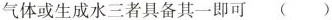
气体或生成水三者具备其一即可 ()